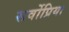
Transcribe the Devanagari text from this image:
सर्वोप्रिया